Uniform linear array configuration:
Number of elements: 32
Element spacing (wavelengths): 0.75
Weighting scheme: uniform
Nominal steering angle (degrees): -60
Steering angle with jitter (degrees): -61.613
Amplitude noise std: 0.05
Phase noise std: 0.05

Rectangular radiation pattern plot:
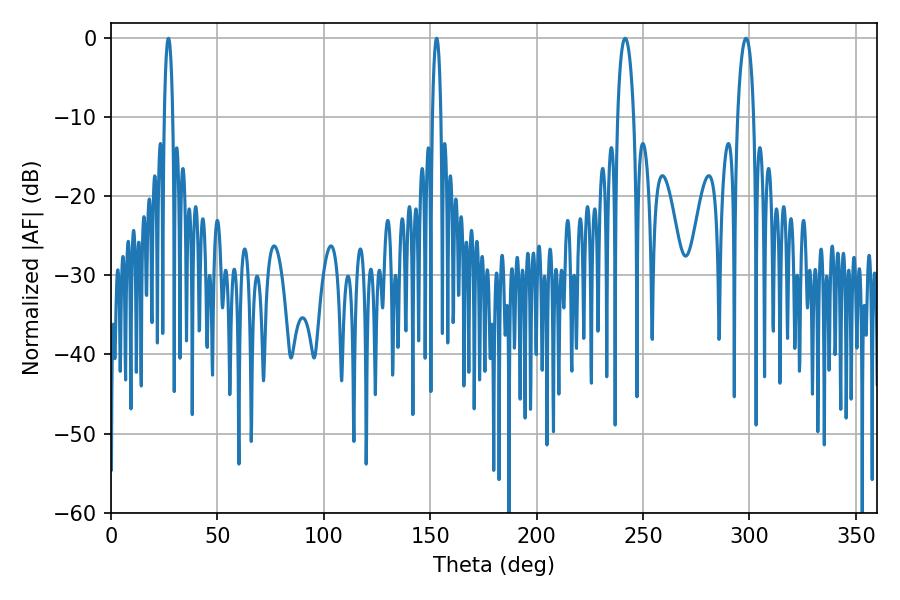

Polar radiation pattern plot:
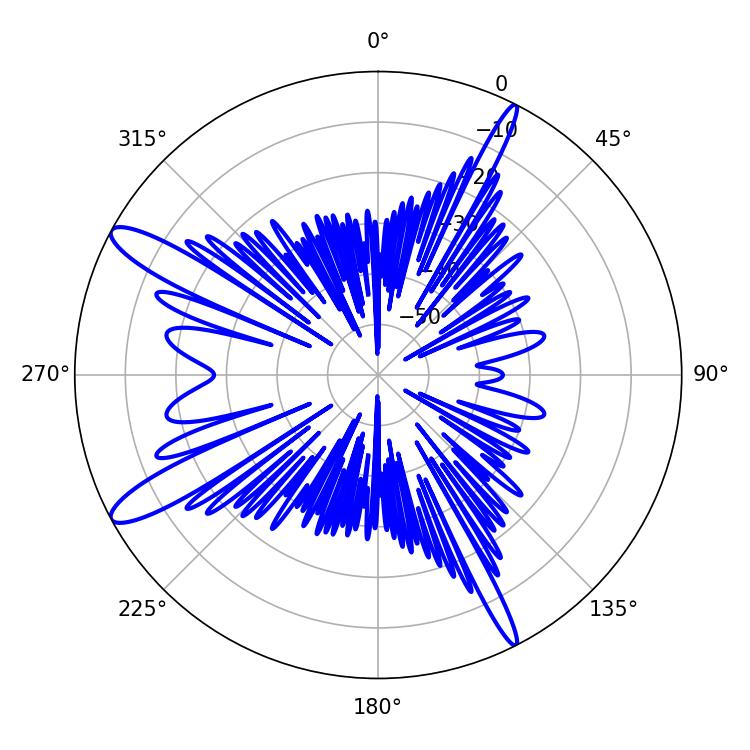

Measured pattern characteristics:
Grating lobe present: TRUE
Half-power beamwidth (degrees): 2.16
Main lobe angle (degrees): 27